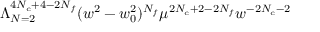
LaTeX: \Lambda _ { N = 2 } ^ { 4 N _ { c } + 4 - 2 N _ { f } } ( w ^ { 2 } - w _ { 0 } ^ { 2 } ) ^ { N _ { f } } \mu ^ { 2 N _ { c } + 2 - 2 N _ { f } } w ^ { - 2 N _ { c } - 2 }